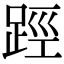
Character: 踁